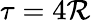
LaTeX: \tau=4\mathcal{R}